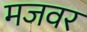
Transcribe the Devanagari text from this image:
मजवर